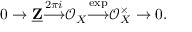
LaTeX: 0 \to { \underline { { \mathbf { Z } } } } { \stackrel { 2 \pi i } { \longrightarrow } } { \mathcal { O } } _ { X } { \stackrel { \exp } { \longrightarrow } } { \mathcal { O } } _ { X } ^ { \times } \to 0 .